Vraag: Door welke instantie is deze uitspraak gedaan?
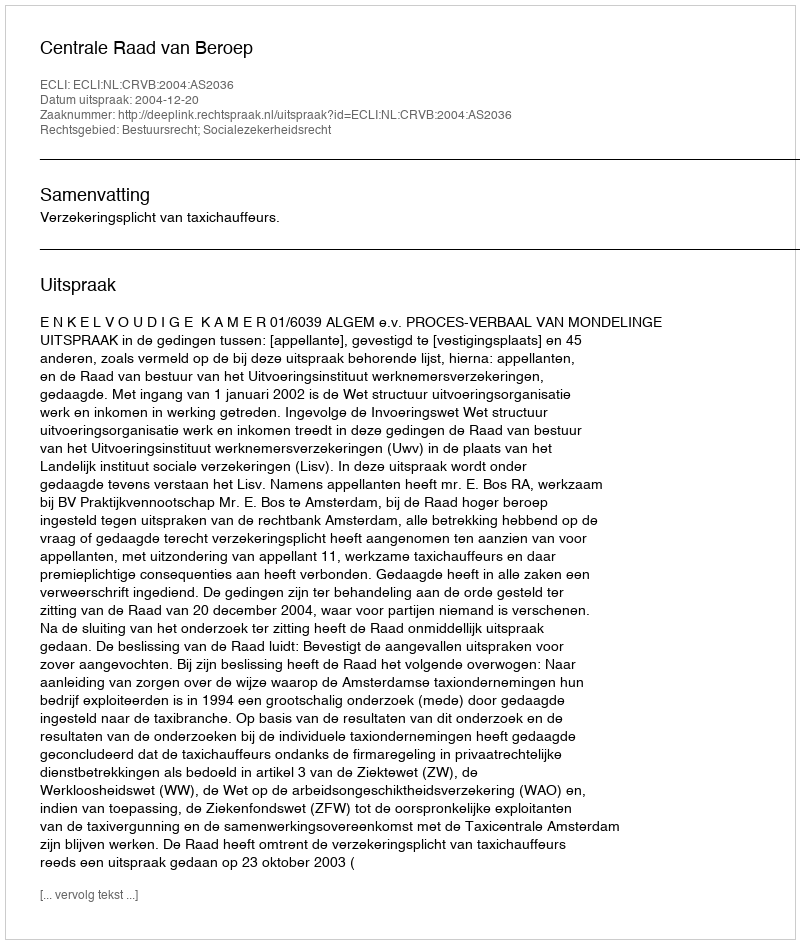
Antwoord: Centrale Raad van Beroep